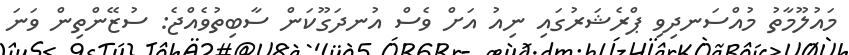
މައުލޫމާތު މުއްސަނދިވި ޕްރެޝަރުގައި ނިއު އަށް ވެސް އުނދަގޫކަން ސާބިތުވެއްޖެ: ސުޒޭންތިން ވަނަ